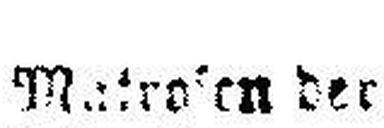
Matr###en der